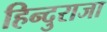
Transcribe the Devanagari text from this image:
हिन्दुराजा